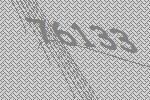
76133